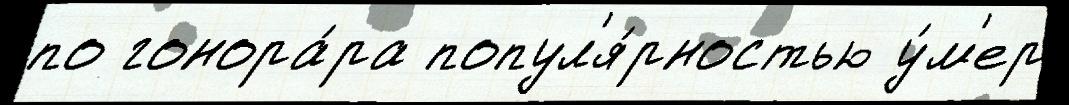
по гонора́ра попул'я́рностью у́м'ер